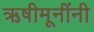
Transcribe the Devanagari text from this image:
ऋषीमूनींनी